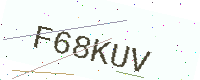
Text: F68KUV